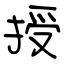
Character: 授